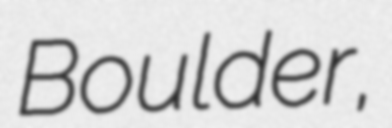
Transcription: Boulder,